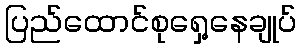
ပြည်ထောင်စုရှေ့နေချုပ်